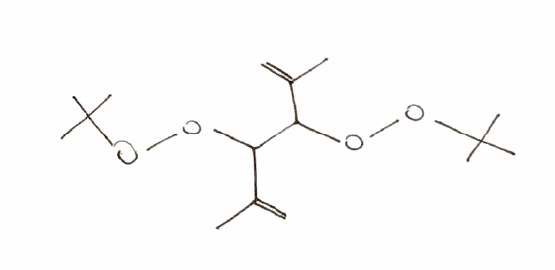
Simplified molecular-input line-entry system (SMILES) notation of the given molecule:
CC(=C)C(C(C(=C)C)OOC(C)(C)C)OOC(C)(C)C